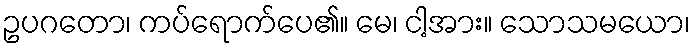
ဥပဂတော၊ ကပ်ရောက်ပေ၏။ မေ၊ ငါ့အား။ သောသမယော၊